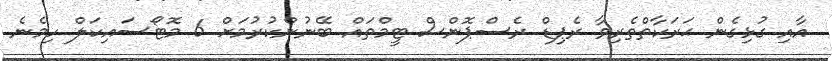
އާއި ގުޅިގެން ޙަރަކާތްތެރިވާ ރެޕިޑް ރެސްޕޮންސް ޓީމްތައް ބޭނުންކުރުމަށް 6 މޮޓޯސައިކަލް ހިމެނެ